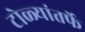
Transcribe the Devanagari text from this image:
टोळ्यांतर्फे